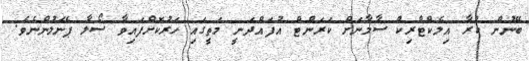
ބޭނުން ކުރާ އިލެކްޓްރިކް ސާމާނަށް ކަރަންޓް އުފައްދަނީ މަތީގައި ހަރުކޮށްފައިވާ ސޯލާ ޕެނަލުންނެވެ.